Indian Medical Review
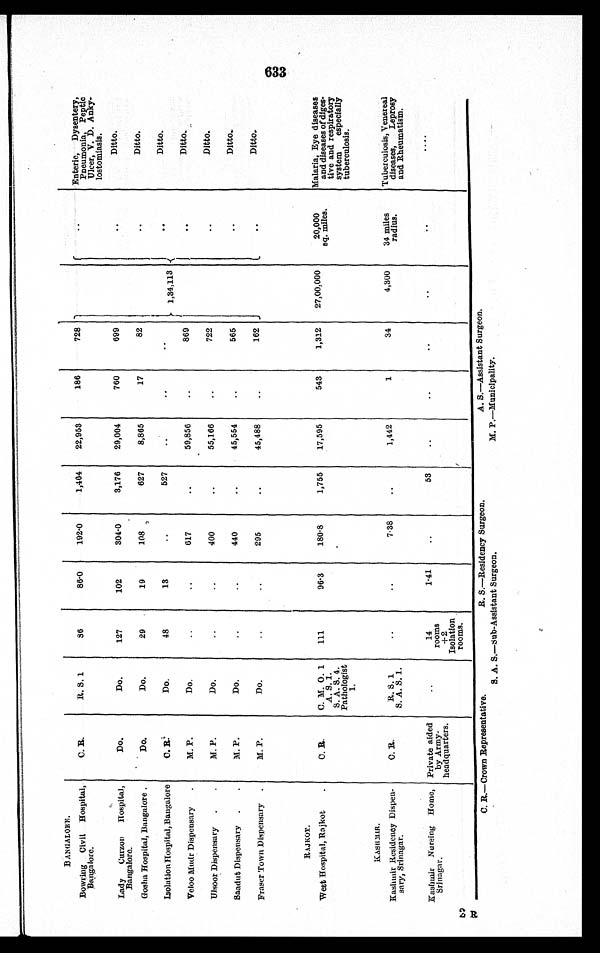
BANGALORE.
Bowring Civil Hospital,
B a n g a l o r e .
C. R.
R. S. 1
86
86.0
192.0
1,464
22,953
186
728 1 , 3 4 , 1 1 3
Enteric, Dysentery,
Pneumonia, Peptic
Ulcer, V. D. Anky-
lostomiasis.
Lady Curzon Hospital,
Bangalore.
Do.
Do.
127
102
304.0
3,176
29,004
760
69
Ditto.
Gosha Hospital, Bangalore.
Do.
Do.
29
19
108
627
8,865
17
82
Ditto.
Isolation Hospital, Bangalore
C. R.
Do.
48
13
527
Ditto.
Veloo Mudr Dispensary.
M. P.
Do.
617
59,856
869
Ditto.
Ulsoor Dispensary
M. P.
Do.
400
55,166
722
Ditto.
Saadut Dispensary
M. P.
Do.
440
45,554
565
Ditto.
Fraser Town Dispensary
M. P.
Do.
295
45,488
162
Ditto.
RAJKOT.
West Hospital, Rajkot
C. R.
C. M. O. 1
A. S. 1.
S. A. S. 4
Pathologist
1.
111
96.3
180.8
1,755
17,595
543
1,312
27,00,000
20,000
sq. miles.
Malaria, Eye diseases
and diseases of diges-
tive and respiratory
system especially
tuberculosis.
KASHMIR.
Kashmir Residency Dispen-
sary, Srinagar.
C. R.
R. S. 1.
S. A. S. 1.
7. 38
1,442
1
34
4,300
34 miles
radius.
Tuberculosis, Venereal
diseases, Leprosy
and Rheumatism.
2 R
Kashmir Nursing Home,
Srinagar.
Private aided
by Army-
headquarters.
14
rooms
+2
Isolation
rooms.
1.41
5 3
C. R.—Crown Representative.
R. S.—Residency Surgeon.
A. S.—Assistant Surgeon.
S. A. S.—Sub-Assistant Surgeon.
M. P.—Municipality.
633